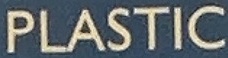
PLASTIC